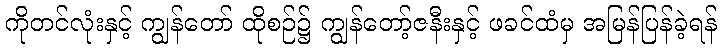
ကိုတင်လုံးနှင့် ကျွန်တော် ထိုစဉ်၌ ကျွန်တော့်ဇနီးနှင့် ဖခင်ထံမှ အမြန်ပြန်ခဲ့ရန်